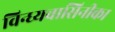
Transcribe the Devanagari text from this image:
विन्ध्यवासिनीका